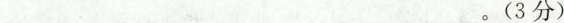
___.(3分)